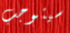
سيتوجب